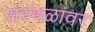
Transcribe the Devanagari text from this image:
संस्थळांवर